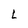
Character: L